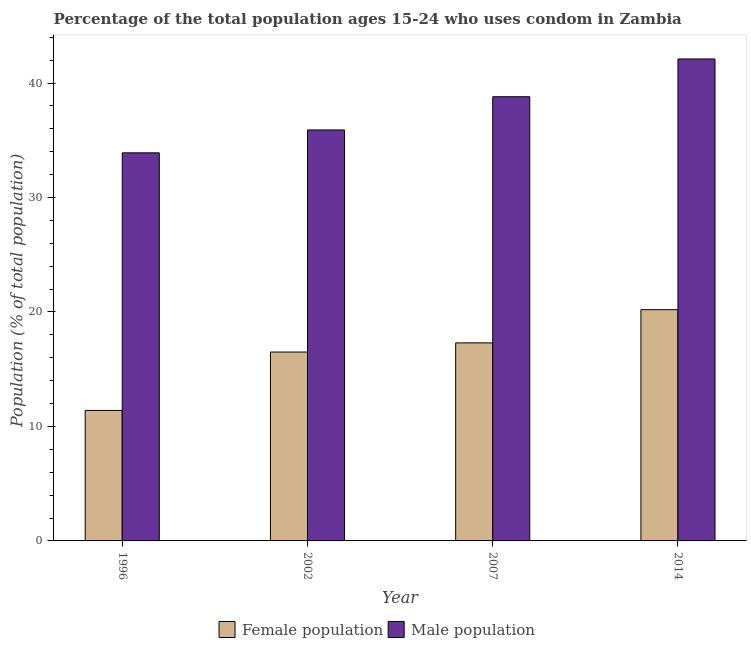
| Year | Female population | Male population |
 | --- | --- | --- |
 | 1996 | 11.4 | 33.9 |
 | 2002 | 16.5 | 35.9 |
 | 2007 | 17.3 | 38.8 |
 | 2014 | 20.2 | 42.1 |